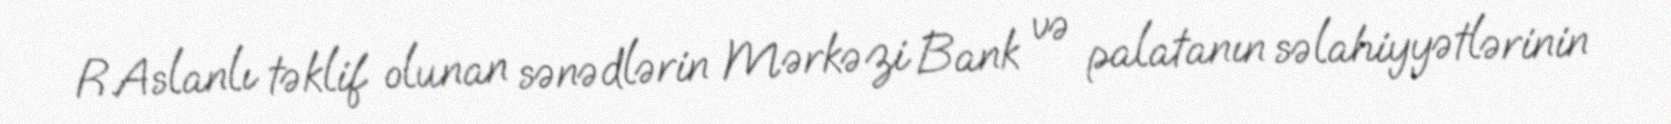
R.Aslanlı təklif olunan sənədlərin Mərkəzi Bank və palatanın səlahiyyətlərinin